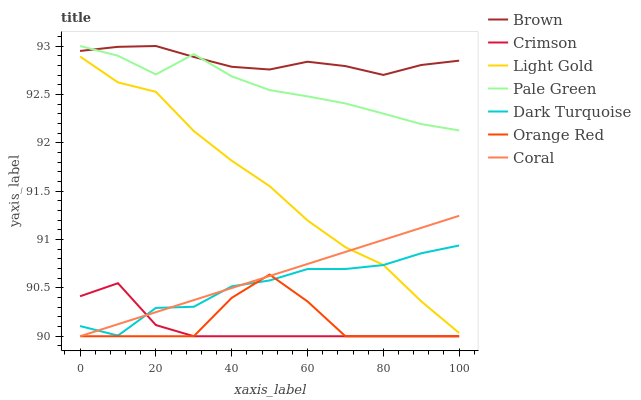
| xaxis_label | Brown | Crimson | Light Gold | Pale Green | Dark Turquoise | Orange Red | Coral |
 | --- | --- | --- | --- | --- | --- | --- | --- |
 | 0 | 92.9 | 90.4 | 92.9 | 93 | 90.1 | 90 | 90 |
 | 10 | 93 | 90.5 | 92.6 | 92.9 | 90 | 90 | 90.1 |
 | 20 | 93 | 90.1 | 92.5 | 92.7 | 90.3 | 90 | 90.2 |
 | 30 | 92.9 | 90 | 92.1 | 92.9 | 90.3 | 90 | 90.4 |
 | 40 | 92.8 | 90 | 91.8 | 92.7 | 90.5 | 90.4 | 90.5 |
 | 50 | 92.8 | 90 | 91.6 | 92.5 | 90.6 | 90.6 | 90.6 |
 | 60 | 92.8 | 90 | 91.2 | 92.5 | 90.7 | 90.4 | 90.7 |
 | 70 | 92.8 | 90 | 90.9 | 92.4 | 90.7 | 90 | 90.9 |
 | 80 | 92.7 | 90 | 90.7 | 92.3 | 90.7 | 90 | 91 |
 | 90 | 92.8 | 90 | 90.4 | 92.2 | 90.9 | 90 | 91.1 |
 | 100 | 92.8 | 90 | 90 | 92.1 | 90.9 | 90 | 91.2 |